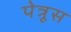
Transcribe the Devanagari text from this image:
पेत्रूस